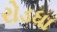
રોડધા